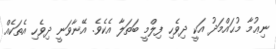
ނިޢުމާ މުޙައްމަދު އަކީ ދިވެހި ފިލްމީ ބަތަލާ އެކެވެ. އޭނާވަނީ ދިވެހި އެތަކެއް